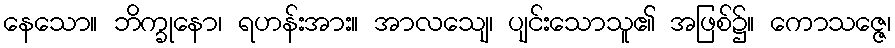
နေသော။ ဘိက္ခုနော၊ ရဟန်းအား။ အာလသျေ၊ ပျင်းသောသူ၏ အဖြစ်၌။ ကောသဇ္ဇေ၊